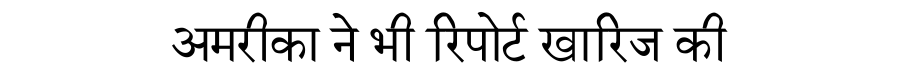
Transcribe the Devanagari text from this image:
अमरीका ने भी रिपोर्ट खारिज की